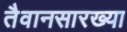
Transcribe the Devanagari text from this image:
तैवानसारख्या